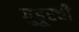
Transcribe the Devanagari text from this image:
गुडूरची